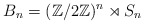
\begin{align*}B_n = (\mathbb Z/2 \mathbb Z)^n \rtimes S_n\end{align*}